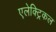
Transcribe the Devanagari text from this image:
एलेक्ट्रिकल